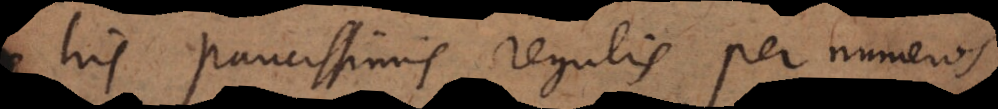
his paucissimis regulis per numeros